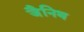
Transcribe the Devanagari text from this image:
जैनिथ